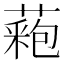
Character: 𦼀